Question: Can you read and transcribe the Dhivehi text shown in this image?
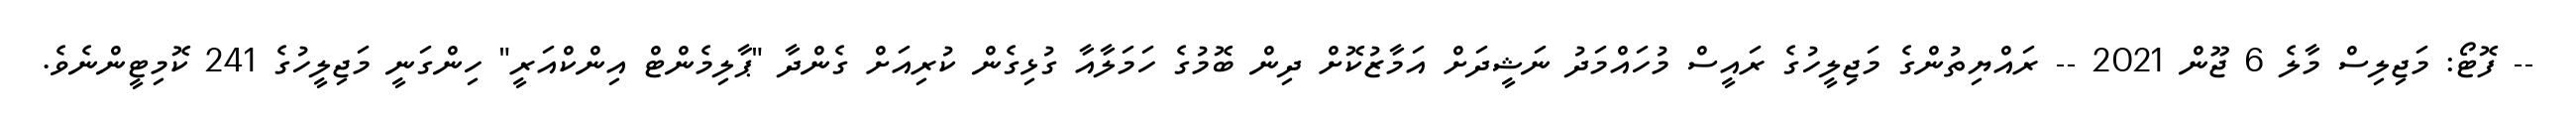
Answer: -- ފޮޓޯ: މަޖިލިސް މާލެ 6 ޖޫން 2021 -- ރައްޔިތުންގެ މަޖިލީހުގެ ރައީސް މުހައްމަދު ނަޝީދަށް އަމާޒުކޮށް ދިން ބޮމުގެ ހަމަލާއާ ގުޅިގެން ކުރިއަށް ގެންދާ "ޕާލިމެންޓް އިންކްއަރީ" ހިންގަނީ މަޖިލީހުގެ 241 ކޮމިޓީންނެވެ.